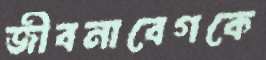
জীবনাবেগকে